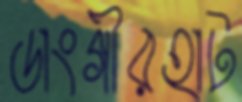
ডাংগীরহাট